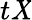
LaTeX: t\mathit{X}